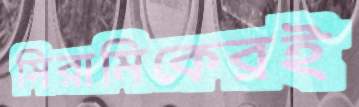
সিরামিকেরই